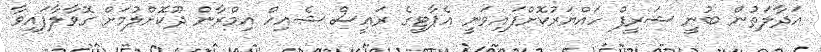
އަދާލަތުން ބުނީ ޝަރީފް ހައްޔަރުކޮށްފައިވަނީ އެޕާޓީގެ ރައީސް ޝެއިހް އިމްރާން ދޫކޮށްލުމަށް ގޮވާލާފައިވާ